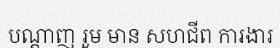
បណ្តាញ រួម មាន សហជីព ការងារ